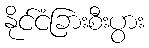
နိုင်ငံခြားစီးပွား